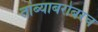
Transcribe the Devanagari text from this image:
तांब्याबरोबरच